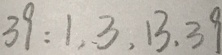
3 9 : 1 , 3 , 1 3 , 3 9